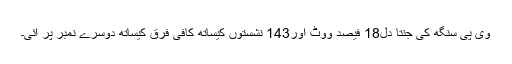
وی پی سنگھ کی جنتا دل18 فیصد ووٹ اور143 نشستوں کیساتھ کافی فرق کیساتھ دوسرے نمبر پر آئی۔